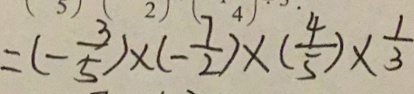
= ( - \frac { 3 } { 5 } ) \times ( - \frac { 7 } { 2 } ) \times ( \frac { 4 } { 5 } ) \times \frac { 1 } { 3 }